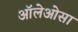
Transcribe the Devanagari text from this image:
ऑलेओसा